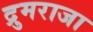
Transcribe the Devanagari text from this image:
द्रुमराजा